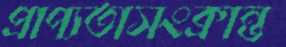
প্রাপ্যতাসংক্রান্ত